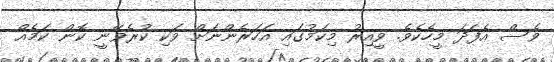
ވެސް އެފަދަ މީހެކެވެ. ވީއިރު މިކަމުގައި އަހަރެންނަށް ވަކި ކުރެވޭނީ ކޮން ކަމެއް